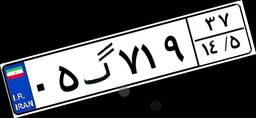
۲۲گ۲۱۵۸۹